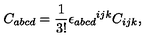
C _ { a b c d } = \frac { 1 } { 3 ! } { \epsilon _ { a b c d } } ^ { i j k } C _ { i j k } ,